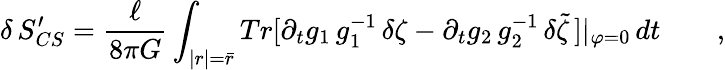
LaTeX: \delta\, S_{CS}^{\prime}=\frac\ell{8\pi G}\int_{|r|=\bar{r}}Tr[\partial_{t}g_{1}\, g_{1}^{-1}\, \delta\zeta-\partial_{t}g_{2}\, g_{2}^{-1}\, \delta\tilde{\zeta}\, ]|_{\varphi=0}\, dt\qquad,